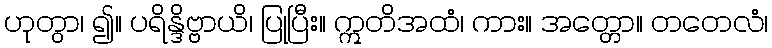
ဟုတွာ၊ ၍။ ပရိန္ဒိဗ္ဗာယိ၊ ပြုပြီး။ ဣတိအထံ၊ ကား။ အတ္တော။ တတေလံ၊